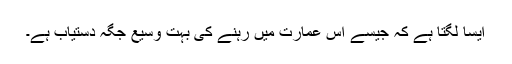
ایسا لگتا ہے کہ جیسے اس عمارت میں رہنے کی بہت وسیع جگہ دستیاب ہے۔